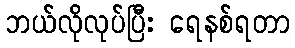
ဘယ်လိုလုပ်ပြီး ရေနစ်ရတာ